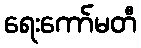
ရေးကော်မတီ